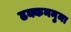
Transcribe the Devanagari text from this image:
ढक्कननुमा